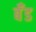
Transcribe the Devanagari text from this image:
बॅँंड